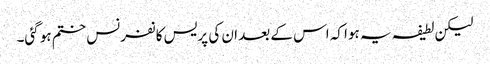
لیکن لطیفہ یہ ہوا کہ اس کے بعد ان کی پریس کانفرنس ختم ہو گئی۔